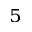
^ 5